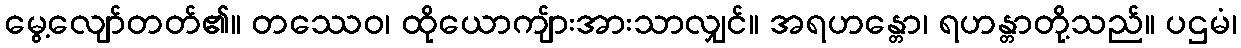
မွေ့လျော်တတ်၏။ တဿေဝ၊ ထိုယောကျ်ားအားသာလျှင်။ အရဟန္တော၊ ရဟန္တာတို့သည်။ ပဌမံ၊